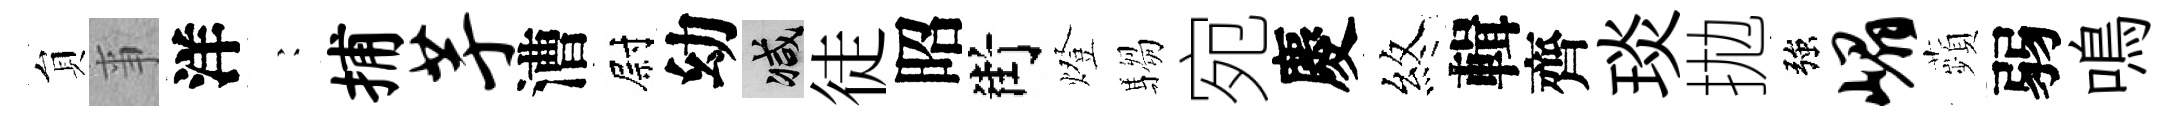
貟亊洋巍捕芋漕尉幼减徒昭街燈騶宛慶煞輯齊琰拋強嵋蘋弱鳴